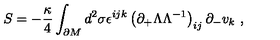
S = - { \frac { \kappa } { 4 } } \int _ { \partial M } d ^ { 2 } \sigma \epsilon ^ { i j k } \left( \partial _ { + } \Lambda \Lambda ^ { - 1 } \right) _ { i j } \partial _ { - } v _ { k } \ ,